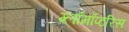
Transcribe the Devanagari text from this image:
ग्लॉमॉप्टरिस